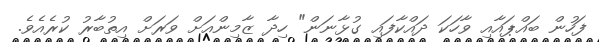
ފަހުން ބައްޕައާއި ވާހަކަ ދައްކާފައި ގުޅާނަން" ހިދާ ޒާމިންއަށް ވަރަށް އިތުބާރު ކުރެއެވެ.